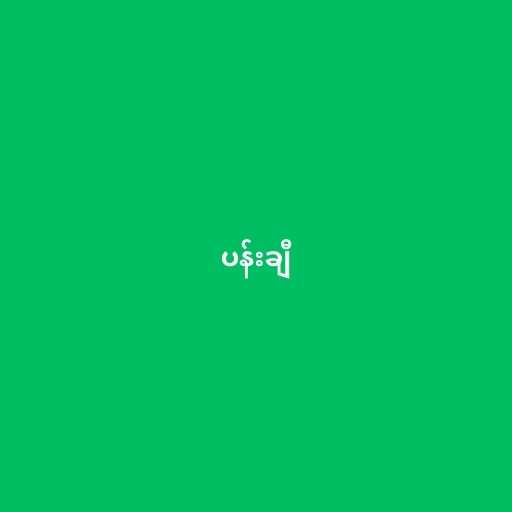
ပန်းချီ